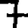
Digit: 7